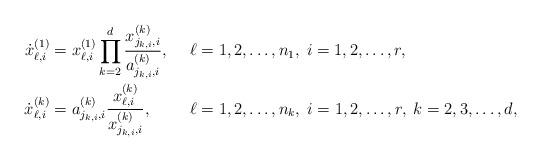
LaTeX: \begin{align*}\dot{x}_{\ell,i}^{(1)} &= x_{\ell,i}^{(1)} \prod_{k=2}^d \frac{x_{j_{k,i},i}^{(k)}}{a_{j_{k,i},i}^{(k)}}, &&\ell = 1,2,\ldots,n_1,\; i=1,2,\ldots,r, \\\dot{x}_{\ell,i}^{(k)} &= a_{j_{k,i},i}^{(k)} \frac{ x_{\ell,i}^{(k)} }{ x_{j_{k,i},i}^{(k)} }, &&\ell=1,2,\ldots,n_k,\; i=1,2,\ldots,r,\; k=2,3,\ldots,d,\end{align*}